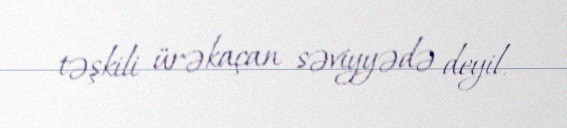
təşkili ürəkaçan səviyyədə deyil.